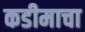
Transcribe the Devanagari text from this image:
कडीमाचा